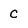
Character: C